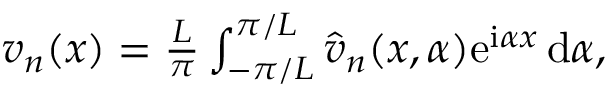
\begin{array} { r } { v _ { n } ( x ) = \frac { L } { \pi } \int _ { - \pi / L } ^ { \pi / L } \Hat { v } _ { n } ( x , \alpha ) \mathrm { e } ^ { \mathrm { i } \alpha x } \, \mathrm { d } \alpha , } \end{array}